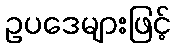
ဥပဒေများဖြင့်